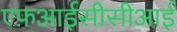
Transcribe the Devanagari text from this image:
एफ़आईसीसीआई